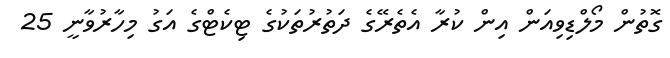
ގޮތުން މޯލްޑިވިއަން އިން ކުރާ އެތެރޭގެ ދަތުރުތަކުގެ ޓިކެޓްގެ އަގު މިހާރުވާނީ 25